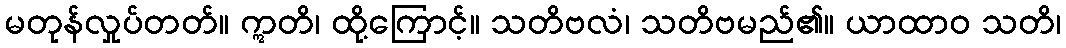
မတုန်လှုပ်တတ်။ ဣတိ၊ ထို့ကြောင့်။ သတိဗလံ၊ သတိဗမည်၏။ ယာထာဝ သတိ၊